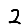
Digit: 2